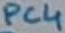
Text: PC4